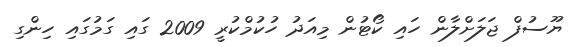
ޔޫސުފް ޖަލަށްލާން ހައި ކޯޓުން މިއަދު ހުކުމްކުރީ 2009 ގައި ގަމުގައި ހިންގި